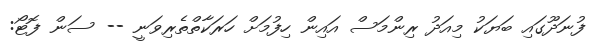
ފުނަދޫގައި ބަޔަކު މިއަދު ރިންމަސް އައިން ހިފުމަށް ހަރަކާތްތެރިވަނީ -- ސަން ފޮޓޯ: